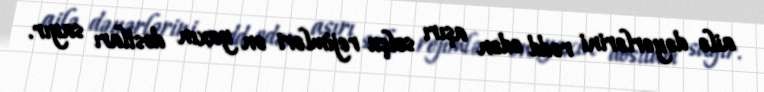
ailə dəyərlərini rədd edən aşırı solçu rejimləri ən yaxın dostları sayır.